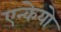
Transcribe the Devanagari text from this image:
एन्केयो